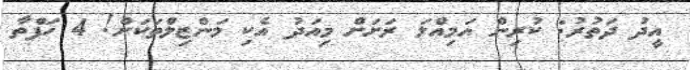
އީދު ދަތުރު: ކުރިން އަމިއްލަ ރަށަށް މިއަދު އެކި މަންޒިލްތަކަށް! 4 ހަފްތާ